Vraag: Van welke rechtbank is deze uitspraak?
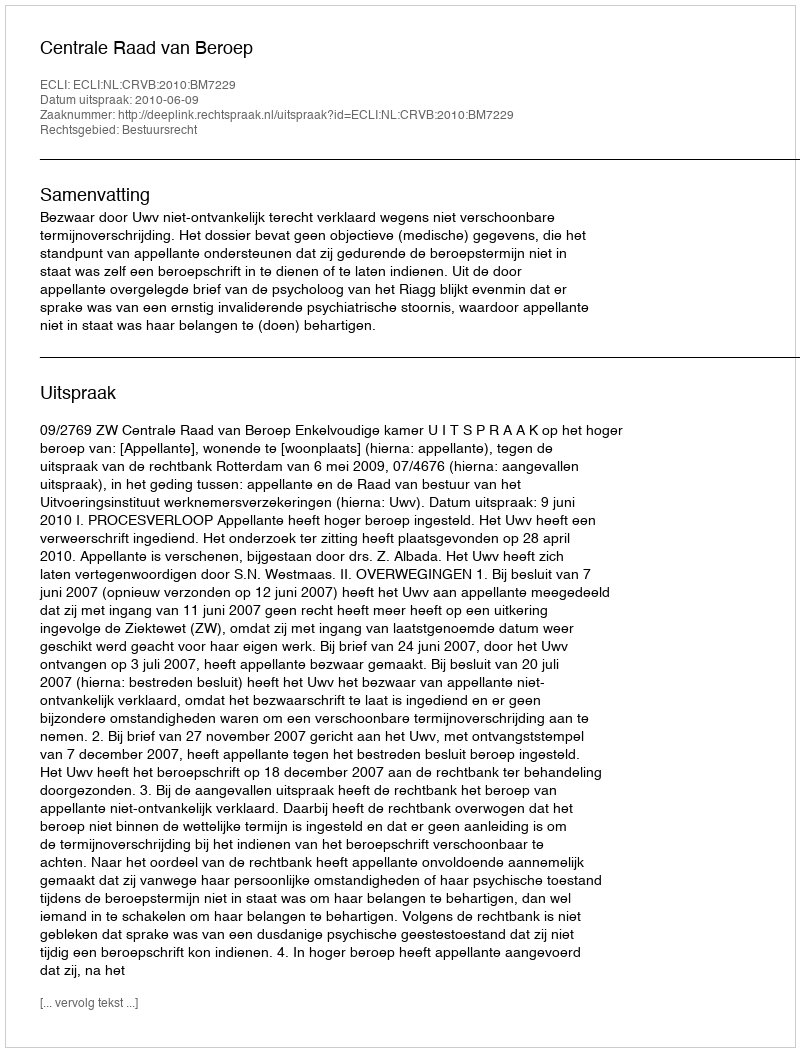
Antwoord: Centrale Raad van Beroep